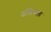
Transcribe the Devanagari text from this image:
अग्निनाल